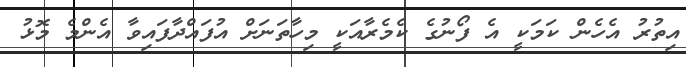
އިތުރު އެހެން ކަމަކީ އެ ފޯނުގެ ކެމެރާއަކީ މިހާތަނަށް އުފައްދާފައިވާ އެންމެ މޮޅު